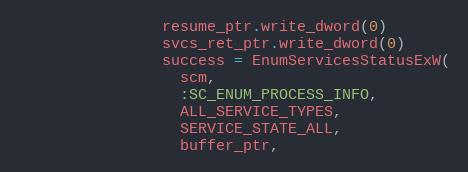
Language: Ruby
                resume_ptr.write_dword(0)
                svcs_ret_ptr.write_dword(0)
                success = EnumServicesStatusExW(
                  scm,
                  :SC_ENUM_PROCESS_INFO,
                  ALL_SERVICE_TYPES,
                  SERVICE_STATE_ALL,
                  buffer_ptr,